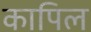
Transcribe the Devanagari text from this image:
कापिल